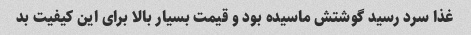
غذا سرد رسید گوشتش ماسیده بود و قیمت بسیار بالا برای این کیفیت بد